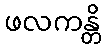
ဖလကန္တိ